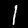
Digit: 1